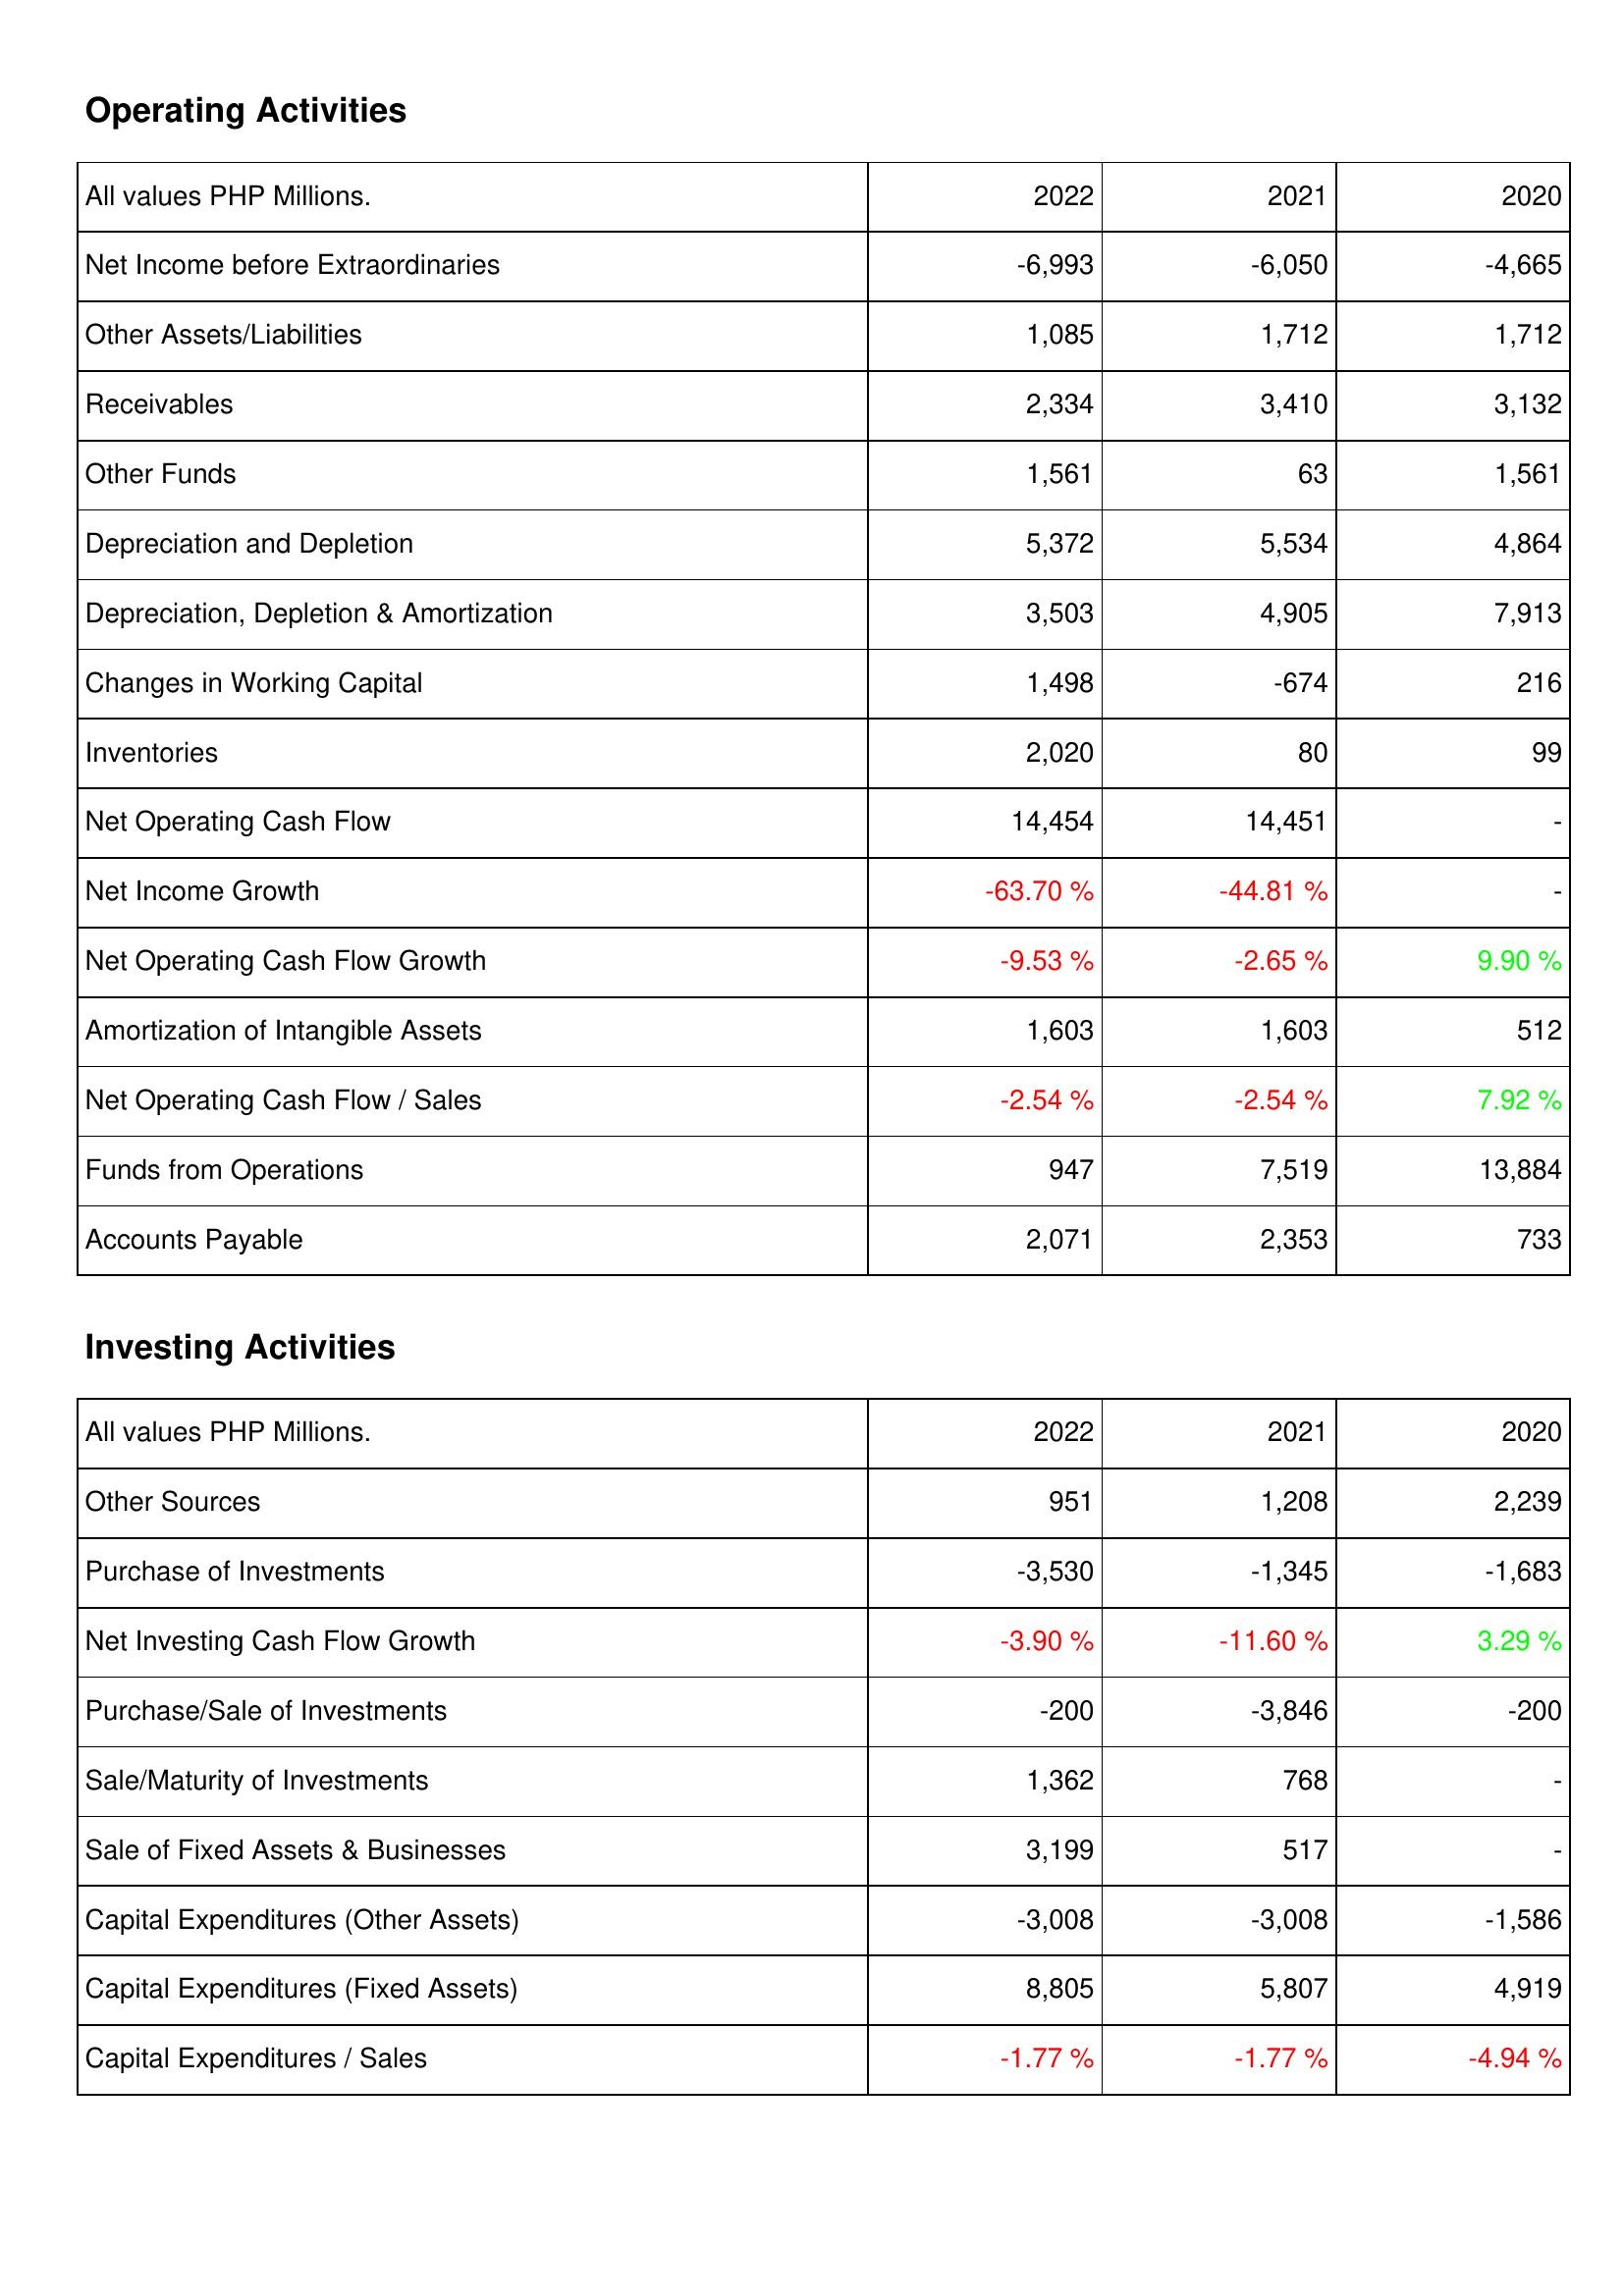
2022: Operating Activities: Net Income before Extraordinaries: -6,993
Other Assets/Liabilities: 1,085
Receivables: 2,334
Other Funds: 1,561
Depreciation and Depletion: 5,372
Depreciation, Depletion & Amortization: 3,503
Changes in Working Capital: 1,498
Inventories: 2,020
Net Operating Cash Flow: 14,454
Net Income Growth: -63.70 %
Net Operating Cash Flow Growth: -9.53 %
Amortization of Intangible Assets: 1,603
Net Operating Cash Flow / Sales: -2.54 %
Funds from Operations: 947
Accounts Payable: 2,071
Investing Activities: Other Sources: 951
Purchase of Investments: -3,530
Net Investing Cash Flow Growth: -3.90 %
Purchase/Sale of Investments: -200
Sale/Maturity of Investments: 1,362
Sale of Fixed Assets & Businesses: 3,199
Capital Expenditures (Other Assets): -3,008
Capital Expenditures (Fixed Assets): 8,805
Capital Expenditures / Sales: -1.77 %
2021: Operating Activities: Net Income before Extraordinaries: -6,050
Other Assets/Liabilities: 1,712
Receivables: 3,410
Other Funds: 63
Depreciation and Depletion: 5,534
Depreciation, Depletion & Amortization: 4,905
Changes in Working Capital: -674
Inventories: 80
Net Operating Cash Flow: 14,451
Net Income Growth: -44.81 %
Net Operating Cash Flow Growth: -2.65 %
Amortization of Intangible Assets: 1,603
Net Operating Cash Flow / Sales: -2.54 %
Funds from Operations: 7,519
Accounts Payable: 2,353
Investing Activities: Other Sources: 1,208
Purchase of Investments: -1,345
Net Investing Cash Flow Growth: -11.60 %
Purchase/Sale of Investments: -3,846
Sale/Maturity of Investments: 768
Sale of Fixed Assets & Businesses: 517
Capital Expenditures (Other Assets): -3,008
Capital Expenditures (Fixed Assets): 5,807
Capital Expenditures / Sales: -1.77 %
2020: Operating Activities: Net Income before Extraordinaries: -4,665
Other Assets/Liabilities: 1,712
Receivables: 3,132
Other Funds: 1,561
Depreciation and Depletion: 4,864
Depreciation, Depletion & Amortization: 7,913
Changes in Working Capital: 216
Inventories: 99
Net Operating Cash Flow: -
Net Income Growth: -
Net Operating Cash Flow Growth: 9.90 %
Amortization of Intangible Assets: 512
Net Operating Cash Flow / Sales: 7.92 %
Funds from Operations: 13,884
Accounts Payable: 733
Investing Activities: Other Sources: 2,239
Purchase of Investments: -1,683
Net Investing Cash Flow Growth: 3.29 %
Purchase/Sale of Investments: -200
Sale/Maturity of Investments: -
Sale of Fixed Assets & Businesses: -
Capital Expenditures (Other Assets): -1,586
Capital Expenditures (Fixed Assets): 4,919
Capital Expenditures / Sales: -4.94 %